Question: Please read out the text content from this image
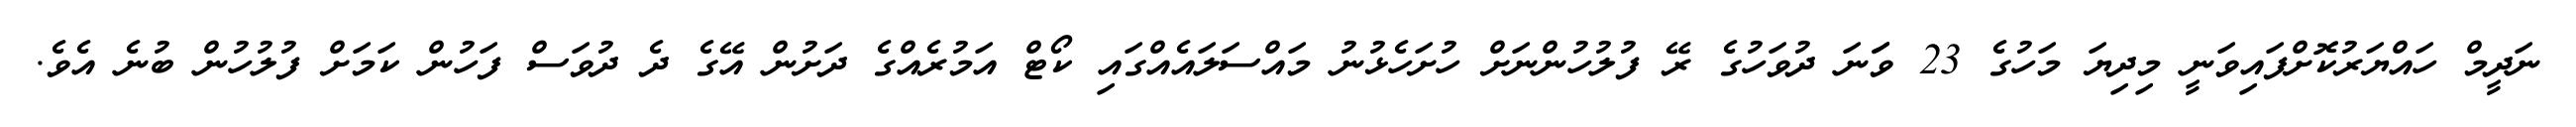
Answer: ނަދީމް ހައްޔަރުކޮށްފައިވަނީ މިދިޔަ މަހުގެ 23 ވަަނަ ދުވަހުގެ ރޭ ފުލުހުންނަށް ހުށަހެޅުނު މައްސަލައެއްގައި ކޯޓް އަމުރެއްގެ ދަށުން އޭގެ ދެ ދުވަސް ފަހުން ކަމަށް ފުލުހުން ބުނެ އެވެ.